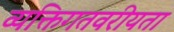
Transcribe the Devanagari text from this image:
व्यक्तिगतवरीयता